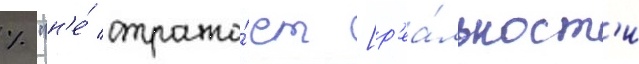
% "н'е́ отража́ет [р'еа́льност'и